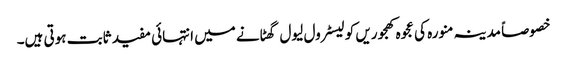
خصوصاً مدینہ منورہ کی عجوہ کھجوریں کولیسٹرول لیول گھٹانے میں انتہائی مفید ثابت ہوتی ہیں۔